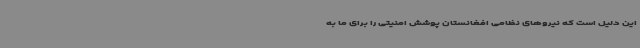
این دلیل است که نیروهای نظامی افغانستان پوشش امنیتی را برای ما به